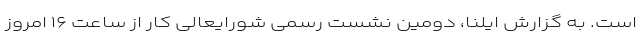
است. به گزارش ایلنا، دومین نشست رسمی شورایعالی کار از ساعت ۱۶ امروز